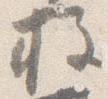
柱